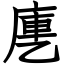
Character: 㐣